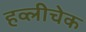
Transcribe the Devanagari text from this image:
हव्लीचेक